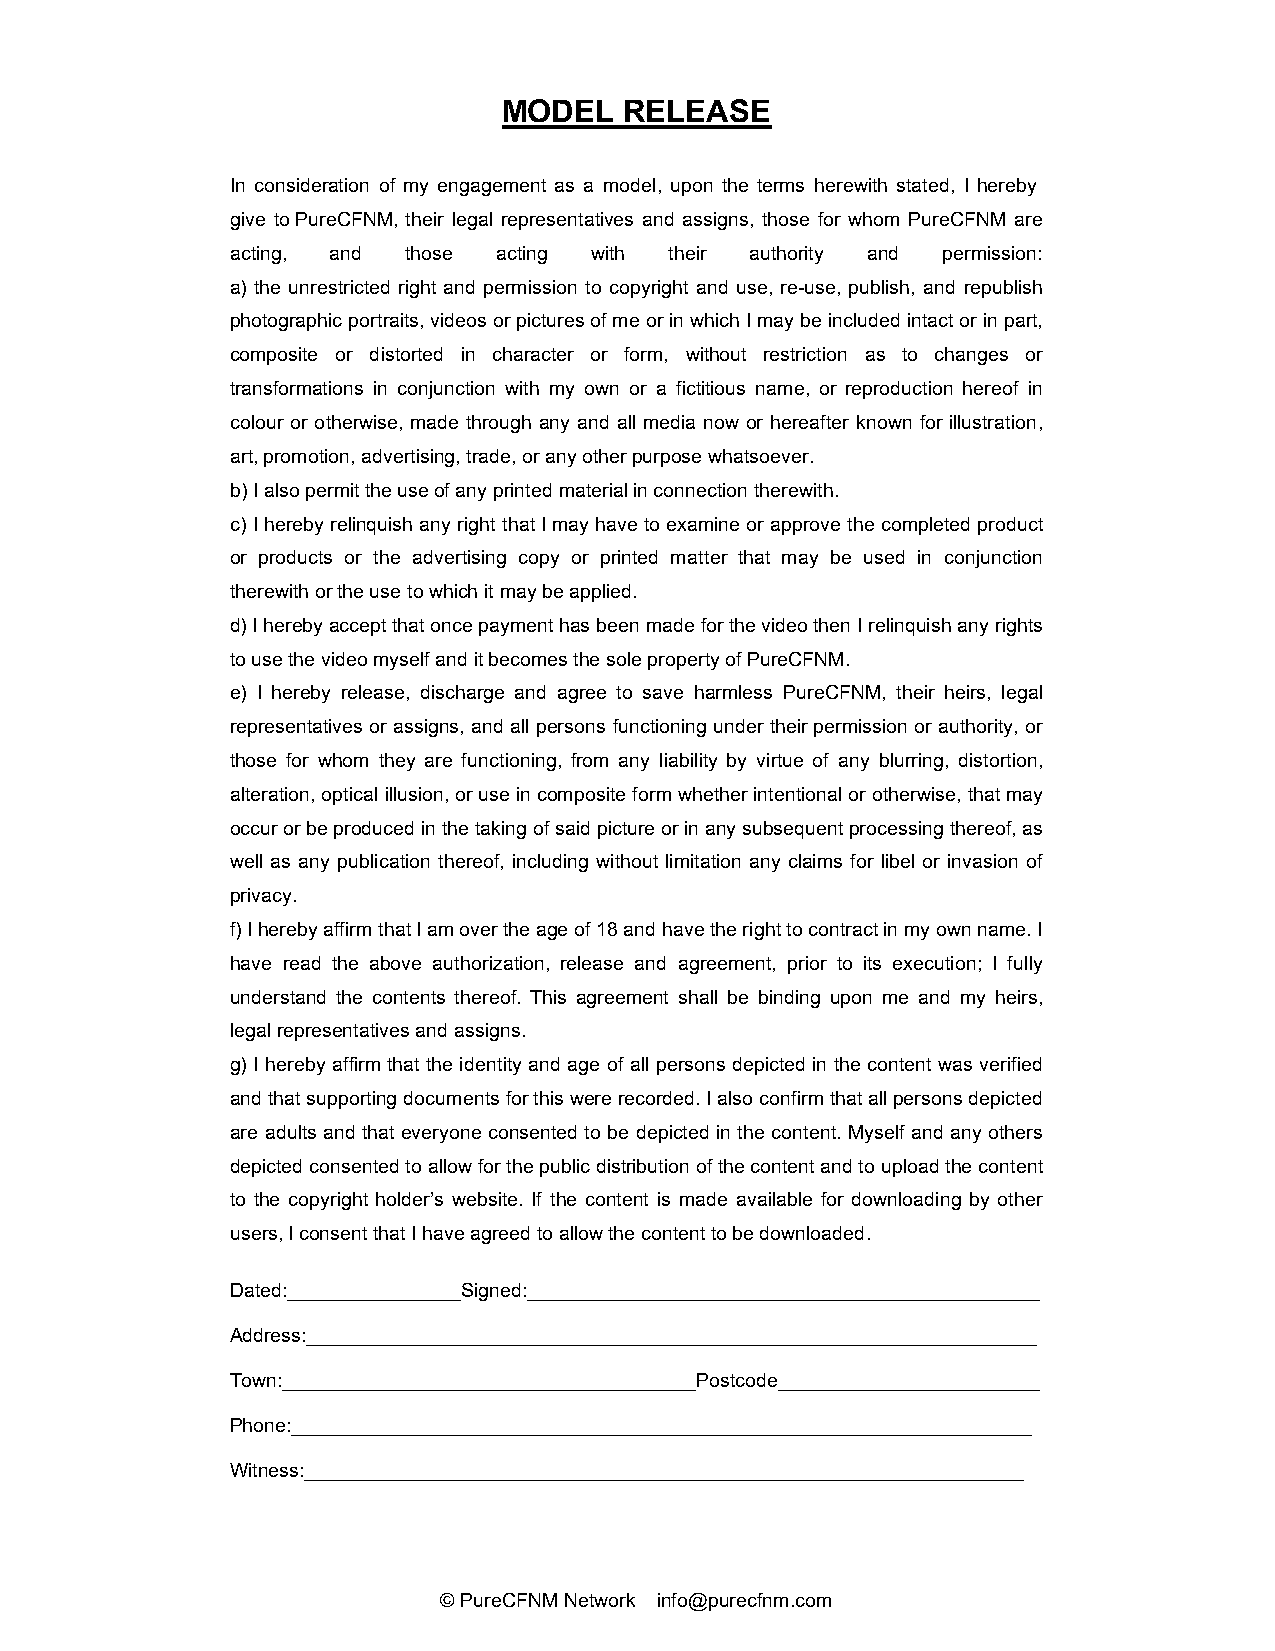
MODEL   RELEASE
 In consideration of my engagement as a model, upon the terms herewith stated, I hereby
 give to PureCFNM, their legal representatives and assigns, those for whom PureCFNM are
 acting, and those acting with their authority and permission:
 a) the unrestricted right and permission to copyright and use, re-use, publish, and republish
 photographic portraits, videos or pictures of me or in which I may be included intact or in part,
 composite or distorted in character or form, without restriction as to changes or
 transformations in conjunction with my own or a fictitious name, or reproduction hereof in
 colour or otherwise, made through any and all media now or hereafter known for illustration,
 art, promotion, advertising, trade, or any other purpose whatsoever.
 b) I also permit the use of any printed material in connection therewith.
 c) I hereby relinquish any right that I may have to examine or approve the completed product
 or products or the advertising copy or printed matter that may be used in conjunction
 therewith or the use to which it may be applied.
 d) I hereby accept that once payment has been made for the video then I relinquish any rights
 to use the video myself and it becomes the sole property of PureCFNM.
 e) I hereby release, discharge and agree to save harmless PureCFNM, their heirs, legal
 representatives or assigns, and all persons functioning under their permission or authority, or
 those for whom they are functioning, from any liability by virtue of any blurring, distortion,
 alteration, optical illusion, or use in composite form whether intentional or otherwise, that may
 occur or be produced in the taking of said picture or in any subsequent processing thereof, as
 well as any publication thereof, including without limitation any claims for libel or invasion of
 privacy.
 f) I hereby affirm that I am over the age of 18 and have the right to contract in my own name. I
 have read the above authorization, release and agreement, prior to its execution; I fully
 understand the contents thereof. This agreement shall be binding upon me and my heirs,
 legal representatives and assigns.
 g) I hereby affirm that the identity and age of all persons depicted in the content was verified
 and that supporting documents for this were recorded. I also confirm that all persons depicted
 are adults and that everyone consented to be depicted in the content. Myself and any others
 depicted consented to allow for the public distribution of the content and to upload the content
 to the copyright holder’s website. If the content is made available for downloading by other
 users, I consent that I have agreed to allow the content to be downloaded.
 Dated:________________Signed:_______________________________________________
 Address:___________________________________________________________________
 Town:______________________________________Postcode________________________
 Phone:____________________________________________________________________
 Witness:__________________________________________________________________
 © PureCFNM Network info@purecfnm.com